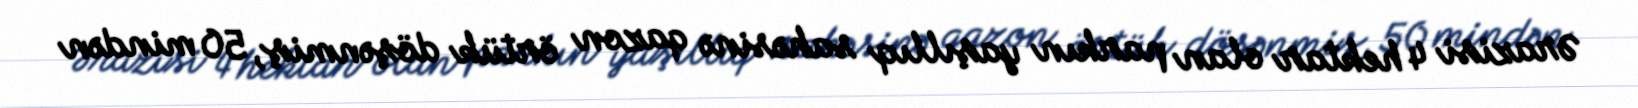
Ərazisi 4 hektar olan parkın yaşıllıq sahəsinə qazon örtük döşənmiş, 50 mindən